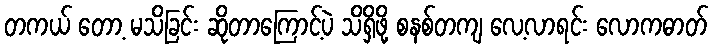
တကယ် တော့ မသိခြင်း ဆိုတာကြောင့်ပဲ သိရှိဖို့ စနစ်တကျ လေ့လာရင်း လောကဓာတ်